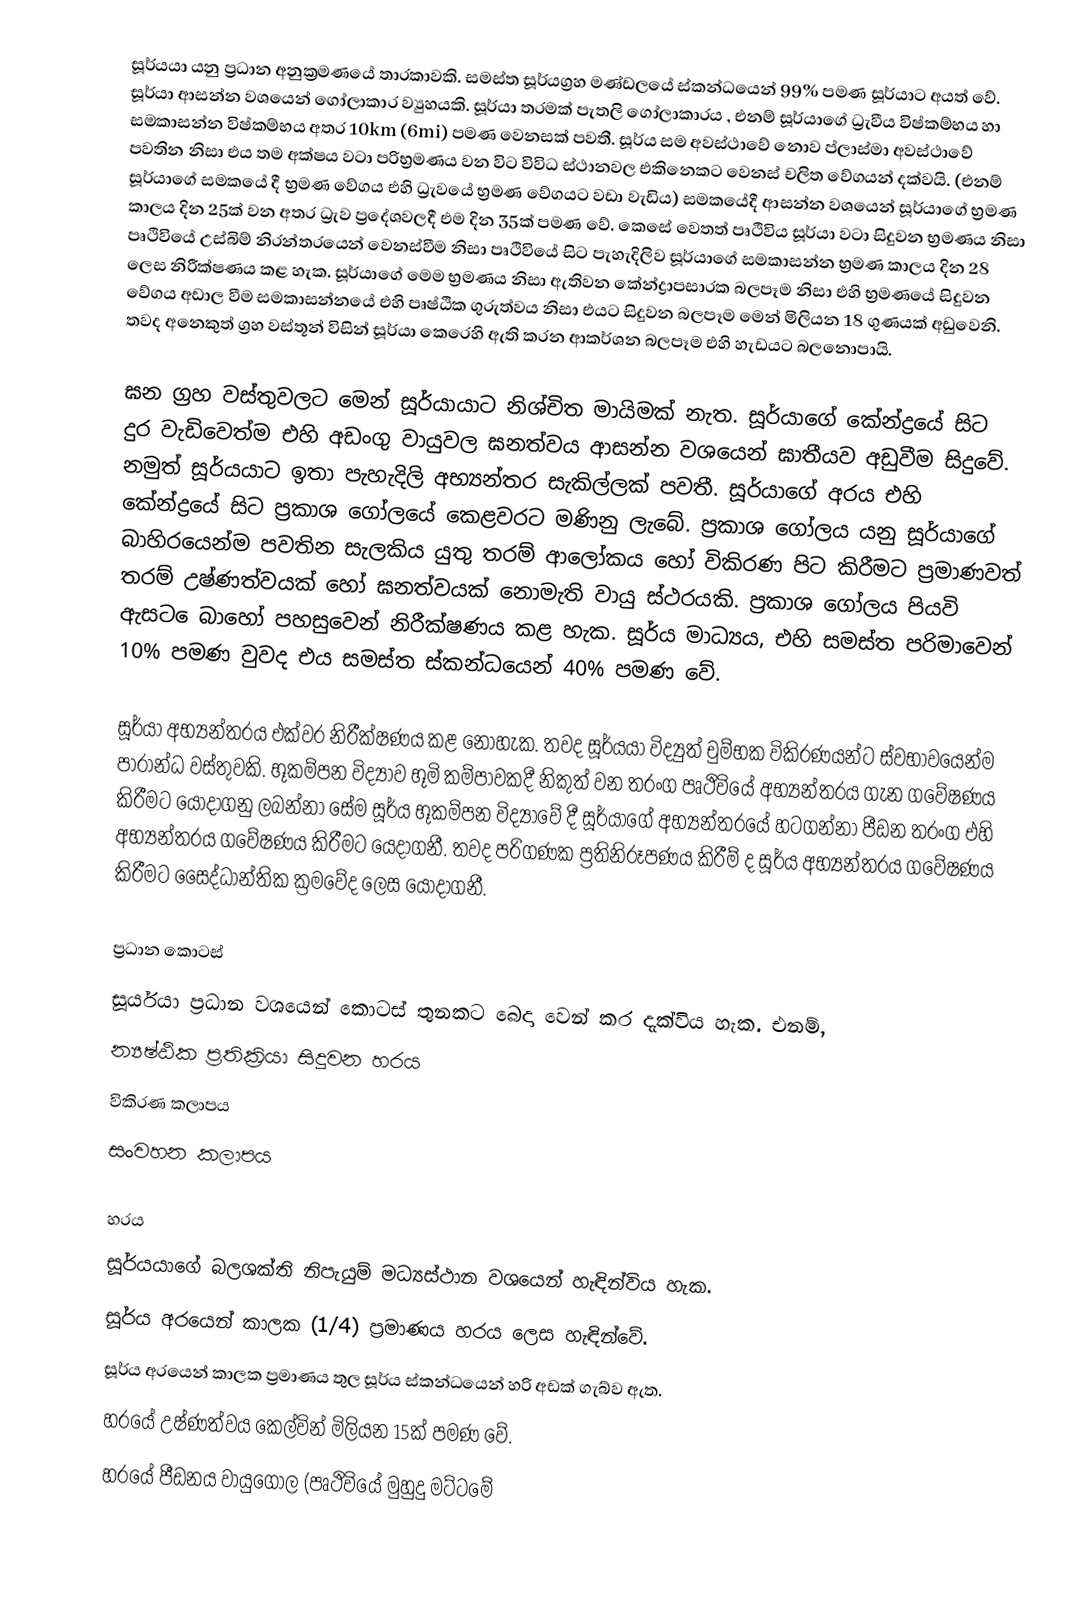
සූර්යයා යනු ප්‍රධාන අනුක්‍රමණයේ තාරකාවකි. සමස්ත සූර්යග්‍රහ මණ්ඩලයේ ස්කන්ධයෙන් 99% පමණ සූර්යාට අයත් වේ. සූර්යා ආසන්න වශයෙන් ගෝලාකාර ව්‍යුහයකි. සූර්යා තරමක්  පැතලි ගෝලාකාරය , එනම් සූර්යාගේ ධ්‍රැවීය විෂ්කම්භය හා සමකාසන්න විෂ්කම්භය අතර 10km (6mi) පමණ වෙනසක් පවතී. සූර්ය සම අවස්ථාවේ නොව ප්ලාස්මා අවස්ථාවේ පවතින නිසා එය තම අක්ෂය වටා පරිභ්‍රමණය වන විට විවිධ ස්ථානවල එකිනෙකට වෙනස් චලිත වේග‍යන් දක්වයි. (එනම් සූර්යාගේ සමකයේ දී භ්‍රමණ වේගය එහි ධ්‍රැවයේ භ්‍රමණ වේගයට වඩා වැඩිය) සමකයේදී ආසන්න වශයෙන් සූර්යාගේ භ්‍රමණ කාලය දින 25ක් වන අතර ධ්‍රැව ප්‍රදේශවලදී එම දින 35ක් පමණ වේ.  කෙසේ වෙතත් පෘථිවිය සූර්යා වටා සිදුවන භ්‍රමණය නිසා පෘථිවියේ උස්බිම් නිරන්තරයෙන් වෙනස්වීම නිසා පෘථිවියේ සිට පැහැදිලිව සූර්යාගේ සමකාසන්න භ්‍රමණ කාලය දින 28 ලෙස නිරීක්ෂණය කළ හැක. සූර්යාගේ මෙම භ්‍රමණය නිසා ඇතිවන කේන්ද්‍රාපසාරක බලපෑම නිසා එහි භ්‍රමණයේ සිදුවන වේගය අඩාල වීම සමකාසන්නයේ එහි පෘෂ්ඨික ගුරුත්වය නිසා එයට සිදුවන බලපෑම මෙන් මිලියන 18 ගුණයක් අඩුවෙනි. තවද අනෙකුත් ග්‍රහ වස්තූන් විසින් සූර්යා කෙරෙහි ඇති කරන ආකර්ශන බලපෑම එහි හැඩයට බලනොපායි.

ඝන ග්‍රහ වස්තුවලට මෙන් සූර්යායාට නිශ්චිත මායිමක් නැත. සූර්යාගේ කේන්ද්‍රයේ සිට දුර වැඩිවෙත්ම එහි අඩංගු වායුවල ඝනත්වය ආසන්න වශයෙන් ඝාතීයව අඩුවීම සිදුවේ. නමුත් සූර්යයාට ඉතා පැහැදිලි අභ්‍යන්තර සැකිල්ලක් පවතී. සූර්යාගේ අරය එහි කේන්ද්‍රයේ සිට ප්‍රකාශ ගෝලයේ කෙළවරට මණිනු ලැබේ. ප්‍රකාශ ගෝලය යනු සූර්යාගේ බාහිරයෙන්ම පවතින සැලකිය යුතු තරම් ආලෝකය හෝ විකිරණ පිට කිරීමට ප්‍රමාණවත් තරම් උෂ්ණත්වයක් හෝ ඝනත්වයක් නොමැති වායු ස්ථරයකි. ප්‍රකාශ ගෝලය පියවි ඇසට ‍ෙබාහෝ පහසුවෙන් නිරීක්ෂණය කළ හැක. සූර්ය මාධ්‍යය, එහි සමස්ත පරිමාවෙන් 10% පමණ වුවද එය සමස්ත ස්කන්ධයෙන් 40% පමණ වේ.

සූර්යා අභ්‍යන්තරය එක්වර නිරීක්ෂණය කළ නොහැක. තවද සූර්යයා විද්‍යුත් චුම්භක විකිරණයන්ට ස්වභාවයෙන්ම පාරාන්ධ වස්තුවකි. භූකම්පන විද්‍යාව භූමි කම්පාවකදී නිකුත් වන තරංග පෘථිවියේ අභ්‍යන්තරය ගැන ගවේෂණය කිරීමට යොදාගනු ලබන්නා සේම සූර්ය භූකම්පන විද්‍යාවේ දී සූර්යාගේ අභ්‍යන්තරයේ හටගන්නා පීඩන තරංග එහි අභ්‍යන්තරය ගවේෂණය කිරීමට යෙදාගනී. තවද පරිගණක ප්‍රතිනිරූපණය කිරීම් ද සූර්ය අභ්‍යන්තරය ගවේෂණය කිරීමට සෛද්ධාන්තික ක්‍රමවේද ලෙස යොදාගනී.

ප්‍රධාන කොටස්
සූර්යයා ප්‍රධාන වශයෙන් කොටස් තුනකට බෙදා වෙන් කර දැක්විය හැක. එනම්,
 න්‍යෂ්ඨික ප්‍රතික්‍රියා සිදුවන හරය
 විකිරණ කලාපය
 සංවහන කලාපය

හරය
සූර්යයාගේ බලශක්ති නිපැයුම් මධ්‍යස්ථාන වශයෙන් හැඳින්විය හැක.
සූර්ය අරයෙන් කාලක (1/4) ප්‍රමාණය හරය ලෙස හැඳින්වේ.
 සූර්ය අරයෙන් කාලක ප්‍රමාණය තුල සූර්ය ස්කන්ධයෙන් හරි අඩක් ගැබ්ව ඇත.
 හරයේ උෂ්ණත්වය කෙල්වින් මිලියන 15ක් පමණ වේ.
 හරයේ පීඩනය වායුගෝල (පෘථිවියේ මුහුදු මට්ටමේ